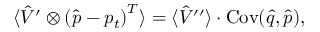
\langle \hat { V } ^ { \prime } \otimes \left( \hat { p } - p _ { t } \right) ^ { T } \rangle = \langle \hat { V } ^ { \prime \prime } \rangle \cdot \operatorname { C o v } ( \hat { q } , \hat { p } ) ,